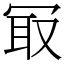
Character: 冣